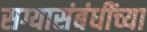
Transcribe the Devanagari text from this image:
सग्यासंबंधींच्या